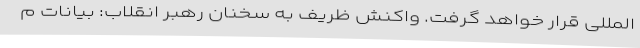
المللی قرار خواهد گرفت. واکنش ظریف به سخنان رهبر انقلاب: بیانات م